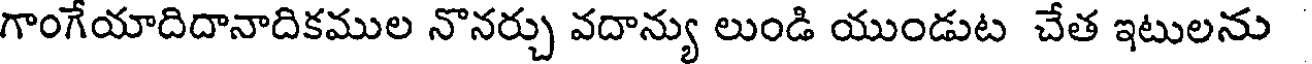
గాంగేయాదిదానాదికముల నొనర్చు వదాన్యు లుండి యుండుట చేత ఇటులను